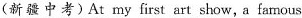
(新疆中考)At my first art show, a famous